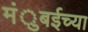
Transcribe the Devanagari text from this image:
मंुबईच्या